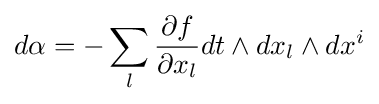
d\alpha =-\sum _{l}{\frac {\partial f}{\partial x_{l}}}dt\wedge dx_{l}\wedge dx^{i}